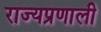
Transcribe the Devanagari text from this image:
राज्यप्रणाली